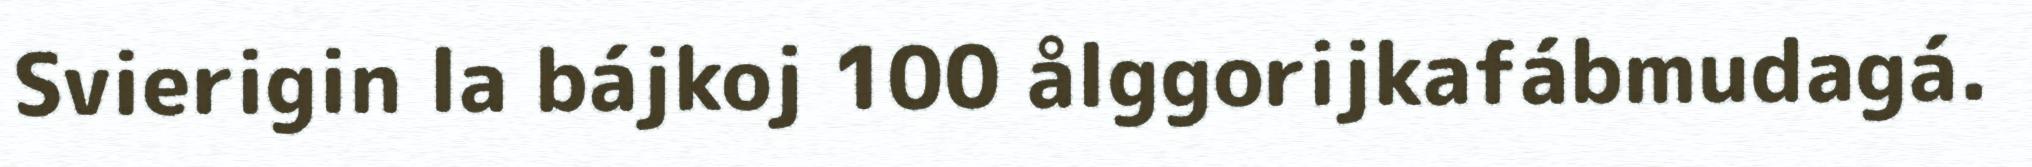
Svierigin la bájkoj 100 ålggorijkafábmudagá.